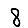
Digit: 8